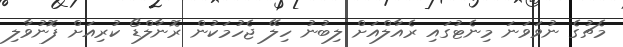
މެޗުގެ ނުވަވަނަ މިނެޓުގައި ރެއާލްއަށް ލިބުނު ހިލޭ ޖެހުމަކުން ރޮނާލްޑޯ ކުރިއަށް ފޮނުވާލި